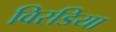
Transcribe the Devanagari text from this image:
विरडिया